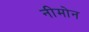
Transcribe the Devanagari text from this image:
नीमोन